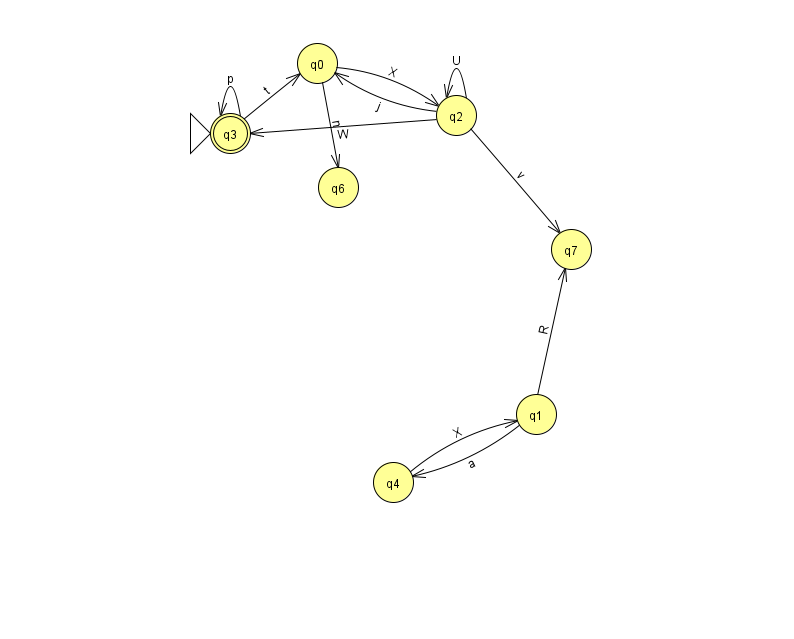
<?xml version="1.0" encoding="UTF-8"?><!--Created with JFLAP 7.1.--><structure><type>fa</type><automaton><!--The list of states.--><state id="0" name="q0"><x>317.0</x><y>50.0</y></state><state id="1" name="q1"><x>536.0</x><y>401.0</y></state><state id="2" name="q2"><x>456.0</x><y>102.0</y></state><state id="3" name="q3"><x>230.0</x><y>120.0</y><initial/><final/></state><state id="4" name="q4"><x>393.0</x><y>469.0</y></state><state id="6" name="q6"><x>338.0</x><y>174.0</y></state><state id="7" name="q7"><x>571.0</x><y>236.0</y></state><!--The list of transitions.--><transition><from>2</from><to>0</to><read>j</read></transition><transition><from>3</from><to>3</to><read>p</read></transition><transition><from>3</from><to>0</to><read>t</read></transition><transition><from>0</from><to>2</to><read>X</read></transition><transition><from>1</from><to>4</to><read>a</read></transition><transition><from>2</from><to>2</to><read>U</read></transition><transition><from>0</from><to>6</to><read>n</read></transition><transition><from>1</from><to>7</to><read>R</read></transition><transition><from>2</from><to>3</to><read>W</read></transition><transition><from>4</from><to>1</to><read>X</read></transition><transition><from>2</from><to>7</to><read>v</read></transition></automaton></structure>